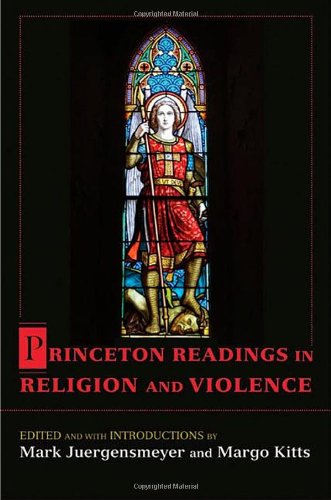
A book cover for Princeton Readings in Religion and Violence; Religion & Spirituality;